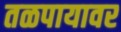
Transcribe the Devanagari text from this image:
तळपायावर